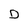
Character: D